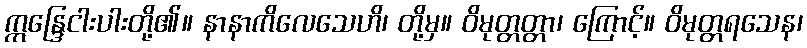
ဣန္ဒြေငါးပါးတို့၏။ နာနာကိလေသေဟိ၊ တို့မှ။ ဝိမုတ္တတ္တာ၊ ကြောင့်။ ဝိမုတ္တရသေန၊